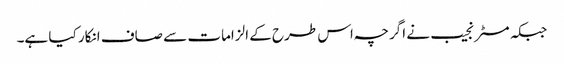
جبکہ مسٹر نجیب نے اگرچہ اس طرح کے الزامات سے صاف انکار کیا ہے۔